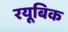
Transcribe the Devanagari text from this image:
रयूबिक